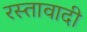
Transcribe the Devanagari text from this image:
रस्तावादी